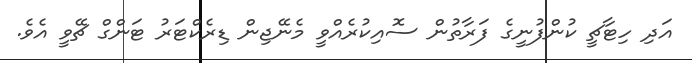
އަދި ހިޓާޗީ ކުންފުނީގެ ފަރާތުން ސޮއިކުރެއްވީ މެނޭޖިން ޑިރެކްޓަރު ޓަންގް ޗޭވީ އެވެ.